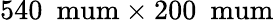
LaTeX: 540~\mathrm{\ mum\times 200~\mathrm{\ mum}}